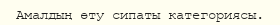
Амалдың өту сипаты категориясы.